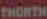
tere